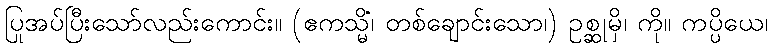
ပြုအပ်ပြီးသော်လည်းကောင်း။ (ဧကသ္မိံ၊ တစ်ချောင်းသော၊) ဥစ္ဆုမှိ၊ ကို။ ကပ္ပိယေ၊